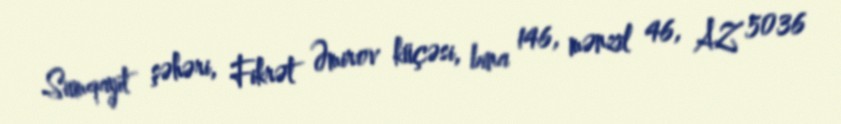
Sumqayıt şəhəri, Fikrət Əmirov küçəsi, bina 146, mənzil 46, AZ 5036